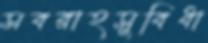
সবরাহসুবিধা